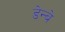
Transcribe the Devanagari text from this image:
डेन्बे